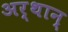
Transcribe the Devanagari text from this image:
अर्थान्